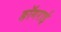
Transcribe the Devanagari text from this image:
ङॉगराई